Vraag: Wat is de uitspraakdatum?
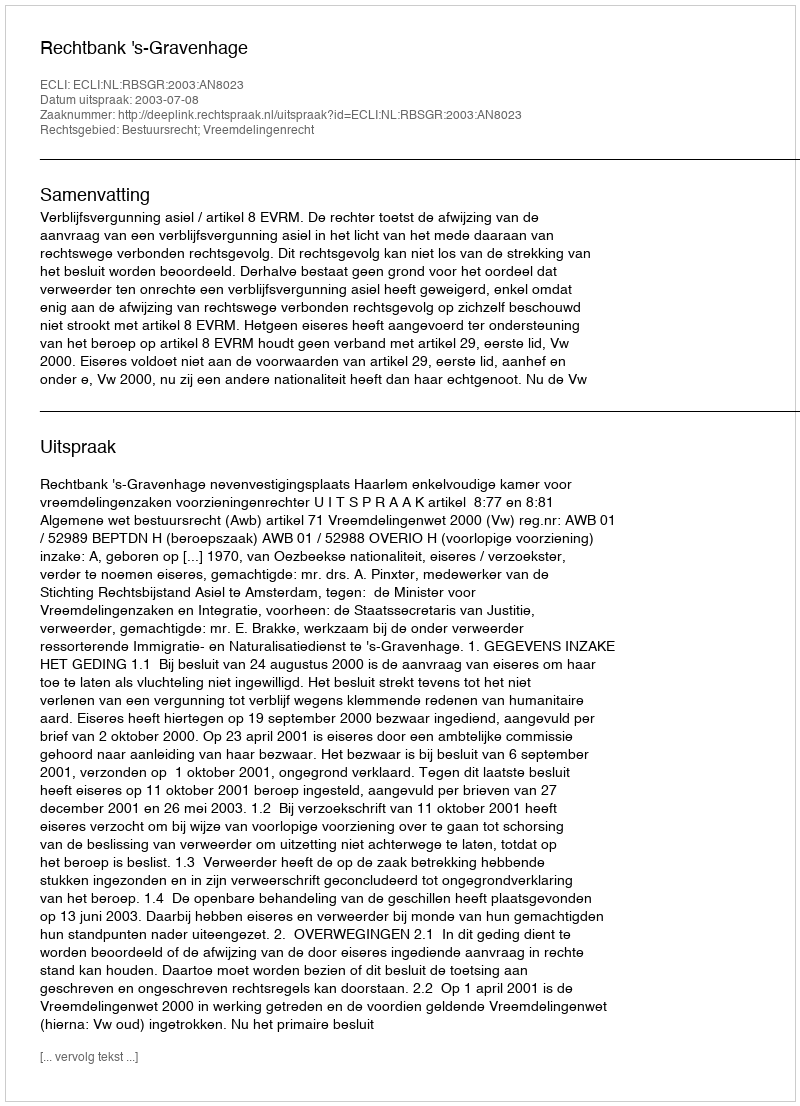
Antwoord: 2003-07-08